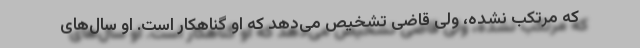
که مرتکب نشده، ولی قاضی تشخیص می‌دهد که او گناهکار است. او سال‌های